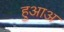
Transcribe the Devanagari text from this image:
हुआअ